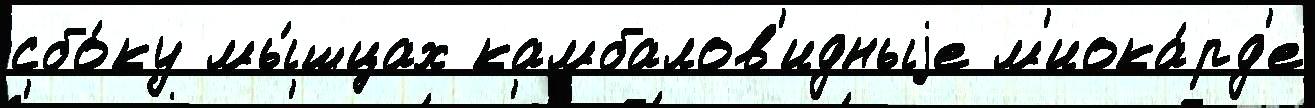
сбо́ку мы́шцах камбалов'идныjе м'иока́рд'е